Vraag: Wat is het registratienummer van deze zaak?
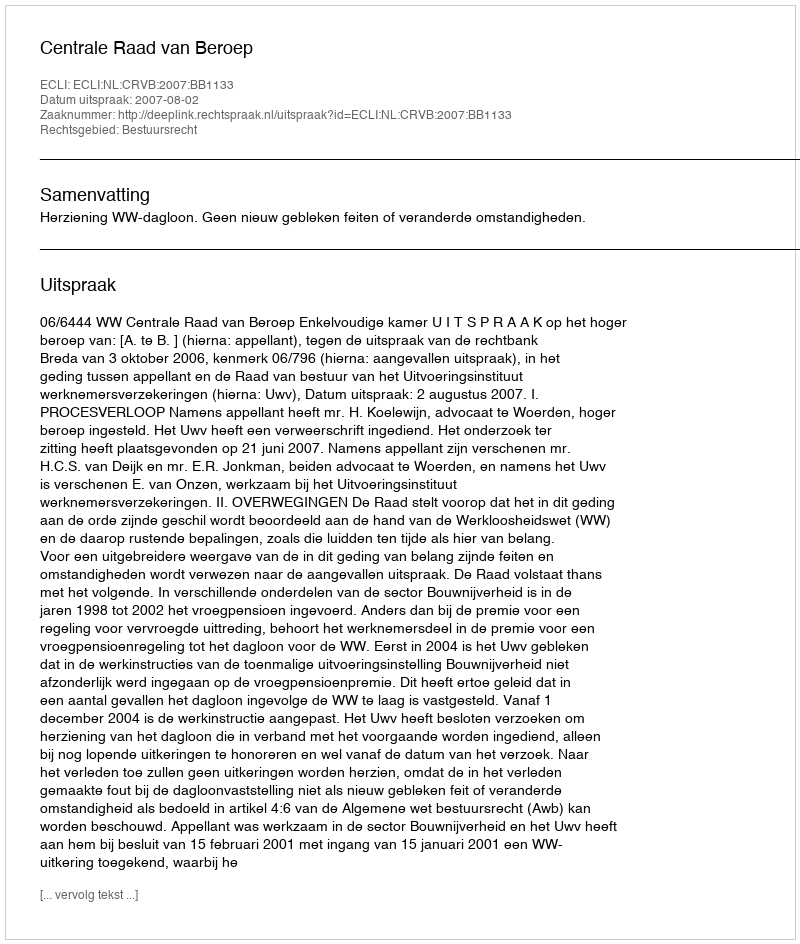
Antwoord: http://deeplink.rechtspraak.nl/uitspraak?id=ECLI:NL:CRVB:2007:BB1133